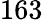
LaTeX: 163